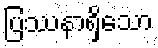
ပြဿနာရှိသော